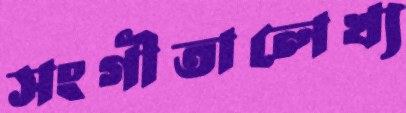
সংগীতালেখ্য